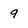
Character: 9